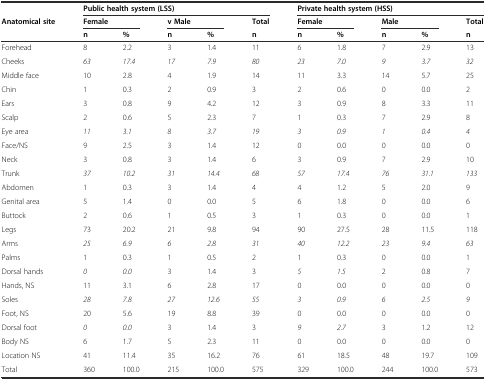
<table><thead><tr><td></td><td colspan="5"><b>Public health system (LSS)</b></td><td colspan="5"><b>Private health system (HSS)</b></td></tr><tr><td><b>Anatomical site</b></td><td colspan="2"><b>Female</b></td><td colspan="2"><b>v Male</b></td><td><b>Total</b></td><td colspan="2"><b>Female</b></td><td colspan="2"><b>Male</b></td><td><b>Total</b></td></tr><tr><td></td><td><b>n</b></td><td><b>%</b></td><td><b>n</b></td><td><b>%</b></td><td><b>n</b></td><td><b>n</b></td><td><b>%</b></td><td><b>n</b></td><td><b>%</b></td><td><b>n</b></td></tr></thead><tbody><tr><td>Forehead</td><td>8</td><td>2.2</td><td>3</td><td>1.4</td><td>11</td><td>6</td><td>1.8</td><td>7</td><td>2.9</td><td>13</td></tr><tr><td>Cheeks</td><td><i>63</i></td><td><i>17.4</i></td><td><i>17</i></td><td><i>7.9</i></td><td><i>80</i></td><td><i>23</i></td><td><i>7.0</i></td><td><i>9</i></td><td><i>3.7</i></td><td><i>32</i></td></tr><tr><td>Middle face</td><td>10</td><td>2.8</td><td>4</td><td>1.9</td><td>14</td><td>11</td><td>3.3</td><td>14</td><td>5.7</td><td>25</td></tr><tr><td>Chin</td><td>1</td><td>0.3</td><td>2</td><td>0.9</td><td>3</td><td>2</td><td>0.6</td><td>0</td><td>0.0</td><td>2</td></tr><tr><td>Ears</td><td>3</td><td>0.8</td><td>9</td><td>4.2</td><td>12</td><td>3</td><td>0.9</td><td>8</td><td>3.3</td><td>11</td></tr><tr><td>Scalp</td><td>2</td><td>0.6</td><td>5</td><td>2.3</td><td>7</td><td>1</td><td>0.3</td><td>7</td><td>2.9</td><td>8</td></tr><tr><td>Eye area</td><td><i>11</i></td><td><i>3.1</i></td><td><i>8</i></td><td><i>3.7</i></td><td><i>19</i></td><td><i>3</i></td><td><i>0.9</i></td><td><i>1</i></td><td><i>0.4</i></td><td><i>4</i></td></tr><tr><td>Face/NS</td><td>9</td><td>2.5</td><td>3</td><td>1.4</td><td>12</td><td>0</td><td>0.0</td><td>0</td><td>0.0</td><td>0</td></tr><tr><td>Neck</td><td>3</td><td>0.8</td><td>3</td><td>1.4</td><td>6</td><td>3</td><td>0.9</td><td>7</td><td>2.9</td><td>10</td></tr><tr><td>Trunk</td><td><i>37</i></td><td><i>10.2</i></td><td><i>31</i></td><td><i>14.4</i></td><td><i>68</i></td><td><i>57</i></td><td><i>17.4</i></td><td><i>76</i></td><td><i>31.1</i></td><td><i>133</i></td></tr><tr><td>Abdomen</td><td>1</td><td>0.3</td><td>3</td><td>1.4</td><td>4</td><td>4</td><td>1.2</td><td>5</td><td>2.0</td><td>9</td></tr><tr><td>Genital area</td><td>5</td><td>1.4</td><td>0</td><td>0.0</td><td>5</td><td>6</td><td>1.8</td><td>0</td><td>0.0</td><td>6</td></tr><tr><td>Buttock</td><td>2</td><td>0.6</td><td>1</td><td>0.5</td><td>3</td><td>1</td><td>0.3</td><td>0</td><td>0.0</td><td>1</td></tr><tr><td>Legs</td><td>73</td><td>20.2</td><td>21</td><td>9.8</td><td>94</td><td>90</td><td>27.5</td><td>28</td><td>11.5</td><td>118</td></tr><tr><td>Arms</td><td><i>25</i></td><td><i>6.9</i></td><td><i>6</i></td><td><i>2.8</i></td><td><i>31</i></td><td><i>40</i></td><td><i>12.2</i></td><td><i>23</i></td><td><i>9.4</i></td><td><i>63</i></td></tr><tr><td>Palms</td><td>1</td><td>0.3</td><td>1</td><td>0.5</td><td>2</td><td>1</td><td>0.3</td><td>0</td><td>0.0</td><td>1</td></tr><tr><td>Dorsal hands</td><td><i>0</i></td><td><i>0.0</i></td><td>3</td><td>1.4</td><td>3</td><td><i>5</i></td><td><i>1.5</i></td><td>2</td><td>0.8</td><td>7</td></tr><tr><td>Hands, NS</td><td>11</td><td>3.1</td><td>6</td><td>2.8</td><td>17</td><td>0</td><td>0.0</td><td>0</td><td>0.0</td><td>0</td></tr><tr><td>Soles</td><td><i>28</i></td><td><i>7.8</i></td><td><i>27</i></td><td><i>12.6</i></td><td><i>55</i></td><td><i>3</i></td><td><i>0.9</i></td><td><i>6</i></td><td><i>2.5</i></td><td><i>9</i></td></tr><tr><td>Foot, NS</td><td>20</td><td>5.6</td><td>19</td><td>8.8</td><td>39</td><td>0</td><td>0.0</td><td>0</td><td>0.0</td><td>0</td></tr><tr><td>Dorsal foot</td><td><i>0</i></td><td><i>0.0</i></td><td>3</td><td>1.4</td><td>3</td><td><i>9</i></td><td><i>2.7</i></td><td>3</td><td>1.2</td><td>12</td></tr><tr><td>Body NS</td><td>6</td><td>1.7</td><td>5</td><td>2.3</td><td>11</td><td>0</td><td>0.0</td><td>0</td><td>0.0</td><td>0</td></tr><tr><td>Location NS</td><td>41</td><td>11.4</td><td>35</td><td>16.2</td><td>76</td><td>61</td><td>18.5</td><td>48</td><td>19.7</td><td>109</td></tr><tr><td>Total</td><td>360</td><td>100.0</td><td>215</td><td>100.0</td><td>575</td><td>329</td><td>100.0</td><td>244</td><td>100.0</td><td>573</td></tr></tbody></table>